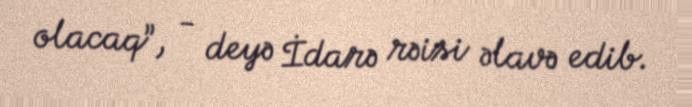
olacaq”, - deyə İdarə rəisi əlavə edib.